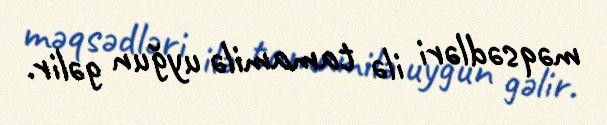
məqsədləri ilə tamamilə uyğun gəlir.